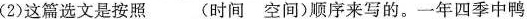
(2)这篇选文是按照___(时间 空间)顺序来写的。一年四季中鸭